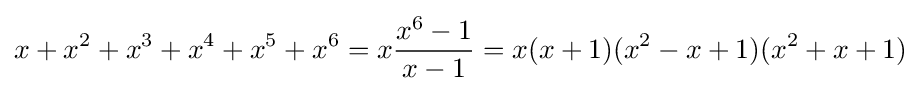
x+x^{2}+x^{3}+x^{4}+x^{5}+x^{6}=x{\frac {x^{6}-1}{x-1}}=x(x+1)(x^{2}-x+1)(x^{2}+x+1)